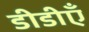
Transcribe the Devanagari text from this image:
डीडीएँ